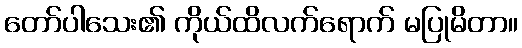
တော်ပါသေး၏ ကိုယ်ထိလက်ရောက် မပြုမိတာ။